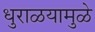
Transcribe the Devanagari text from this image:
धुराळयामुळे